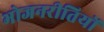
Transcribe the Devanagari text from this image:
भोजनरीतियों